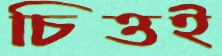
চিত্তই